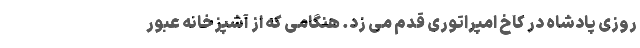
روزی پادشاه در کاخ امپراتوری قدم می زد. هنگامی که از آشپزخانه عبور